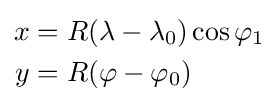
{\begin{aligned}x&=R(\lambda -\lambda _{0})\cos \varphi _{1}\\y&=R(\varphi -\varphi _{0})\end{aligned}}